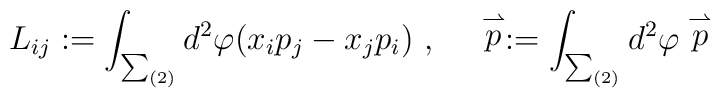
L_{ij} :=  \int_{\sum_{(2)}} d^2 \varphi (x_{i} p_{j} - x_{j}    p_{i})\ , \hspace{3ex} \stackrel{\rightharpoonup}{p} :=\int_{\sum_{(2)}} d^2    \varphi \stackrel{\rightharpoonup}{p}